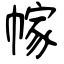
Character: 幏